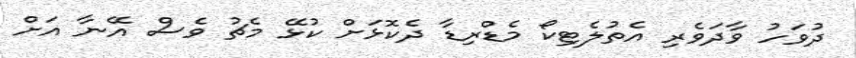
ދުވަހު ވާދަވެރި އެތުލެޓިކޯ މެޑްރިޑާ ދެކޮޅަށް ކުޅޭ މެޗު ވެސް އޭނާ އަށް